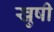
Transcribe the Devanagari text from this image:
खुषी